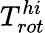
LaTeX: T_{rot}^{hi}